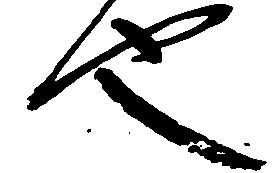
也